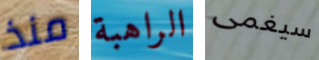
منذ الراهبة سيغمى